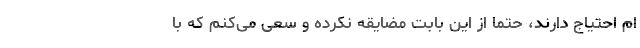
ام احتیاج دارند، حتماً از این بابت مضایقه نکرده و سعی می‌کنم که با